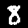
Label: 8